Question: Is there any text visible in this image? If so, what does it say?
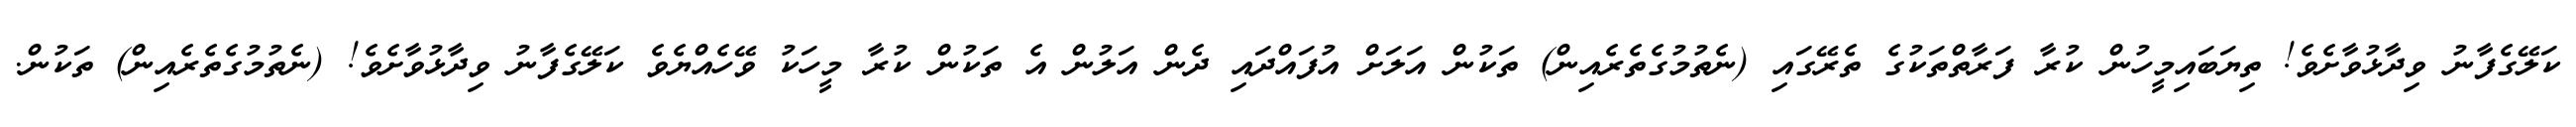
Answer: ކަލޭގެފާނު ވިދާޅުވާށެވެ! ތިޔަބައިމީހުން ކުރާ ފަރާތްތަކުގެ ތެރޭގައި (ނެތުމުގެތެރެއިން) ތަކުން އަލަށް އުފައްދައި ދެން އަލުން އެ ތަކުން ކުރާ މީހަކު ވޭހެއްޔެވެ ކަލޭގެފާނު ވިދާޅުވާށެވެ! (ނެތުމުގެތެރެއިން) ތަކުން.